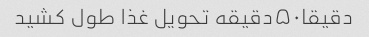
دقیقا۵۰دقیقه تحویل غذا طول کشید